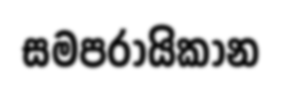
සමපරායිකාන